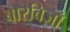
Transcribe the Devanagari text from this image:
बारबिज़ाँ